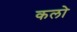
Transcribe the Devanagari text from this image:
कलो